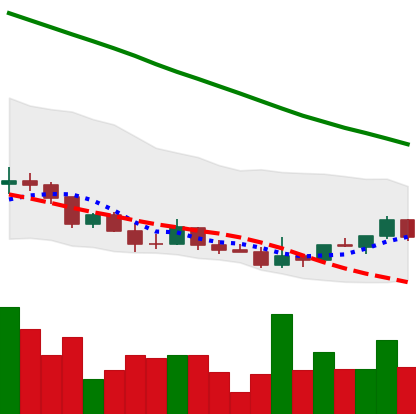
Ticker: DOGE-USD
Chart end date: 2022-03-20
Forward return: 9.953%
Label: up_7plus